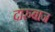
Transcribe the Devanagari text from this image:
दारुबाज